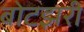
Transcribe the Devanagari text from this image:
बोटझरी